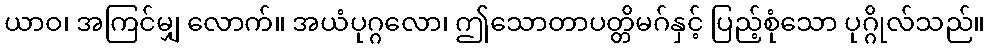
ယာဝ၊ အကြင်မျှ လောက်။ အယံပုဂ္ဂလော၊ ဤသောတာပတ္တိမဂ်နှင့် ပြည့်စုံသော ပုဂ္ဂိုလ်သည်။